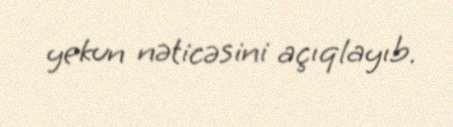
yekun nəticəsini açıqlayıb.